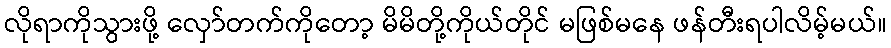
လိုရာကိုသွားဖို့ လှော်တက်ကိုတော့ မိမိတို့ကိုယ်တိုင် မဖြစ်မနေ ဖန်တီးရပါလိမ့်မယ်။